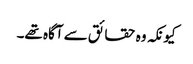
کیونکہ وہ حقائق سے آگاہ تھے۔